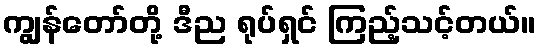
ကျွန်တော်တို့ ဒီည ရုပ်ရှင် ကြည့်သင့်တယ်။